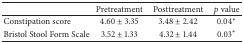
|  | Pretreatment | Posttreatment | p value |
 | --- | --- | --- | --- |
 | Constipation score | 4.60 ± 3.35 | 3.48 ± 2.42 | 0.04∗ |
 | Bristol Stool Form Scale | 3.52 ± 1.33 | 4.32 ± 1.44 | 0.03∗ |